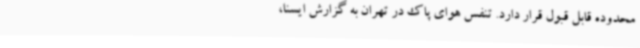
محدوده قابل قبول قرار دارد. تنفس هوای پاک در تهران به گزارش ایسنا،